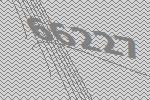
66227